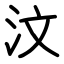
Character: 汶